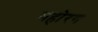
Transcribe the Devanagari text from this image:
महोरग